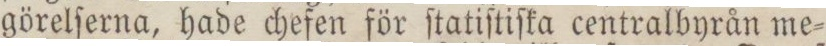
görelſerna, hade chefen för ſtatiſtiſka centralbyrån me=